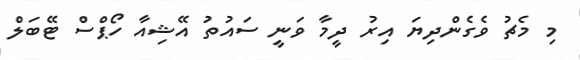
މި މެޗު ވެގެންދިޔަ އިރު ދީމާ ވަނީ ސައުތު އޭޝިއާ ހޯޕްސް ޓޭބަލް